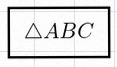
\triangle ABC